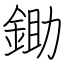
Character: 鋤